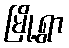
မြို့ရွာ